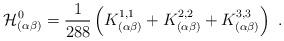
LaTeX: \begin{align*}\mathcal{H}^{0}_{(\alpha \beta ) } =\frac{1}{288} \left(K^{1,1}_{(\alpha \beta )} + K^{2,2}_{(\alpha \beta ) }+ K^{3,3}_{(\alpha \beta ) }\right)~.\end{align*}